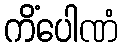
ကိံပေါဏံ